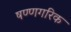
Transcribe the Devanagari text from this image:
षण्णगरिक